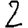
Digit: 2